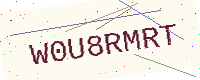
Text: W0U8RMRT